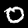
Label: 0